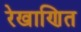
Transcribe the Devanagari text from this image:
रेखाणित